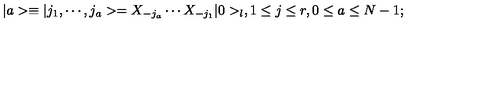
\vert a > \equiv \vert j _ { 1 } , \cdots , j _ { a } > = X _ { - j _ { a } } \cdots X _ { - j _ { 1 } } \vert 0 > _ { l } , 1 \leq j \leq r , 0 \leq a \leq N - 1 ;